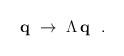
LaTeX: \begin{align*}{\bf q} ~ \rightarrow ~ \Lambda\,{\bf q}~~.\end{align*}